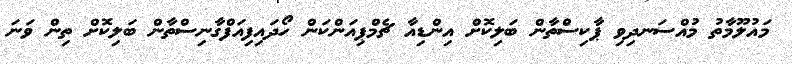
މައުލޫމާތު މުއްސަނދިވި ޕާކިސްތާން ބަލިކޮށް އިންޑިއާ ޗެމްޕިއަންކަން ހޯދައިފިއަފްގާނިސްތާން ބަލިކޮށް ތިން ވަަނަ